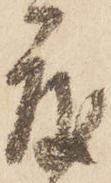
度